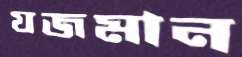
যজমান